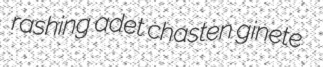
rashing adet chasten ginete